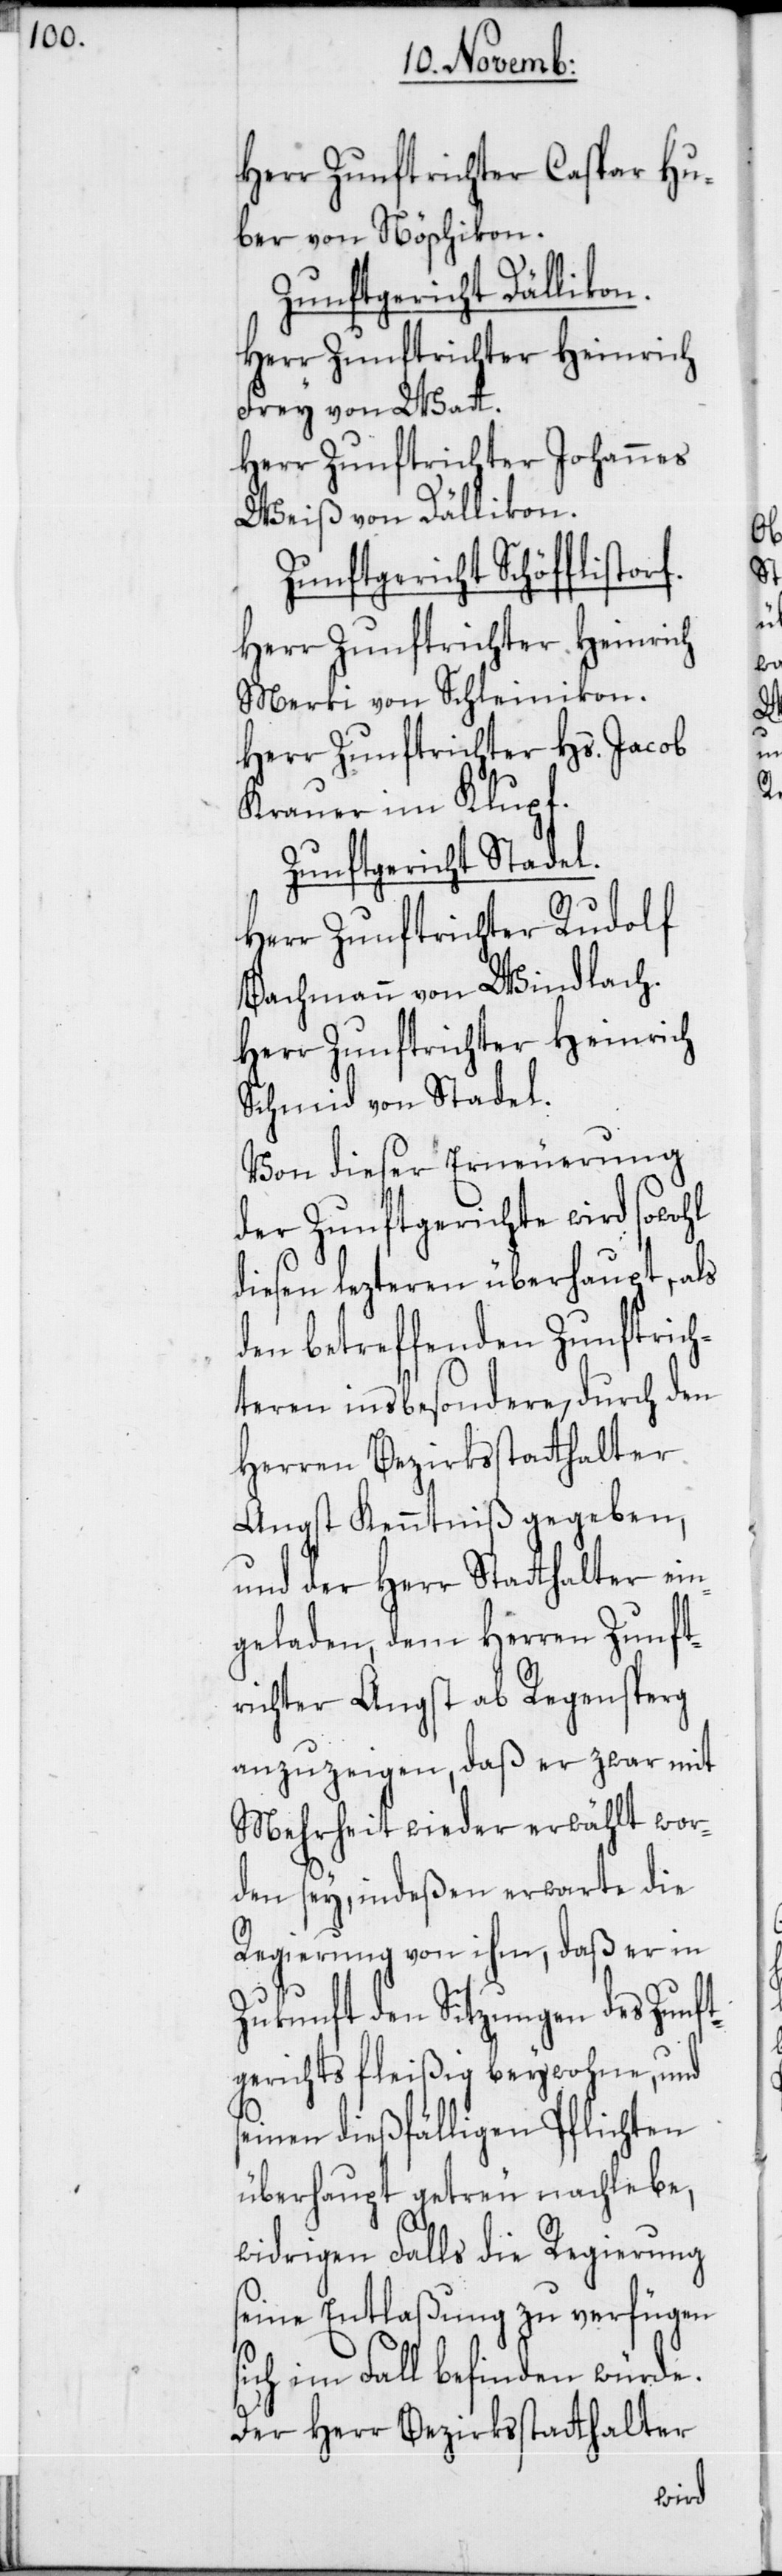
Herr Zunftrichter Caspar Hu¬
ber von Nöschikon.
Zunftgericht Dällikon.
Herr Zunftrichter Heinrich
Frey von Watt.
Herr Zunftrichter Johannes
Weiß von Dällikon.
Zunftgericht Schöfflisto¬
Herr Zunftrichter Heinrich
Merki von Schleinikon.
Herr Zunftrichter Hs. Jacob
Krauer im Klupf.
Zunftgericht Stadel.
Herr Zunftrichter Rudolf
Bachmann von Windlach.
Herr Zunftrichter Heinrich
Schmid von Stadel.
Von dieser Erneuerung
der Zunftgerichte wird sowohl
diesen lezteren überhaupt, als
den betreffenden Zunftrich¬
teren insbesondere, durch den
Herren Bezirksstatthalter
Angst Kenntniß gegeben,
und der Herr Statthalter ein¬
geladen, dem Herren Zunft¬
richter Angst ab Regensperg
anzuzeigen, daß er zwar mit
Mehrheit wieder erwählt wor¬
den sey, indeßen erwarte die
Regierung von ihm, daß er in
Zukunft den Sitzungen des Zunft¬
gerichts fleißig beywohne, und
seinen dießfälligen Pflichten
überhaupt getreu nachlebe,
widrigen Falls die Regierung
seine Entlaßung zu verfügen
sich im Fall befinden würde.
Der Herr Bezirksstatthalter
rf.